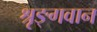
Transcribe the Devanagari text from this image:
श्रृङ्गवान